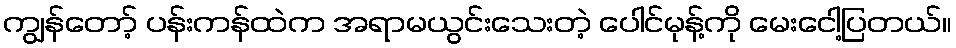
ကျွန်တော့် ပန်းကန်ထဲက အရာမယွင်းသေးတဲ့ ပေါင်မုန့်ကို မေးငေါ့ပြတယ်။